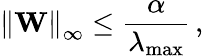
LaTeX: \left\| \mathbf{W}\right\| _{\infty}\le\frac{\alpha}{\lambda_{\mathrm{max}}}\, ,